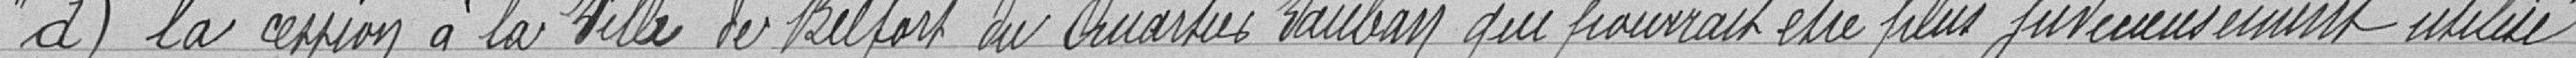
" d) la cession à la ville de Belfort du quartier Vauban qui pourrait être plus judicieusement utilisé